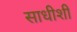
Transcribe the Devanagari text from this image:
साधीशी